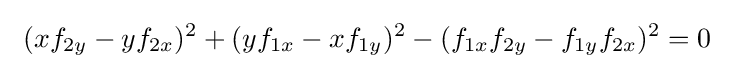
\ (xf_{2y}-yf_{2x})^{2}+(yf_{1x}-xf_{1y})^{2}-(f_{1x}f_{2y}-f_{1y}f_{2x})^{2}=0\